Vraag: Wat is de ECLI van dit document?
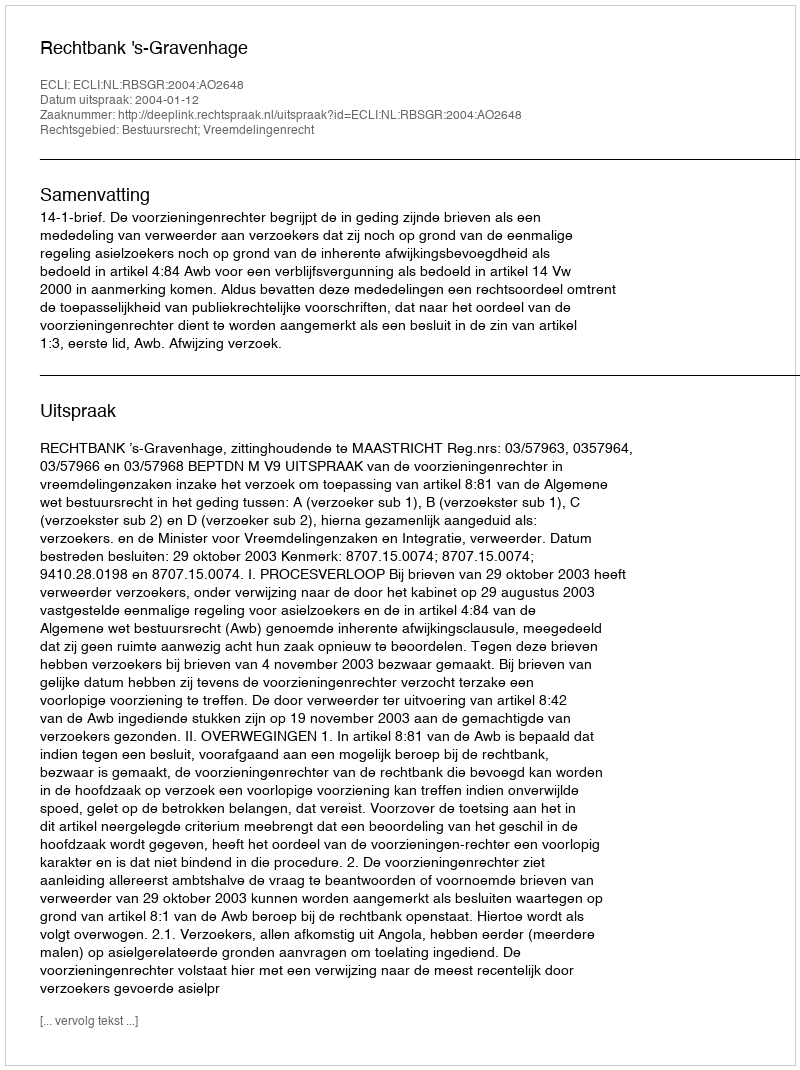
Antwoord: ECLI:NL:RBSGR:2004:AO2648